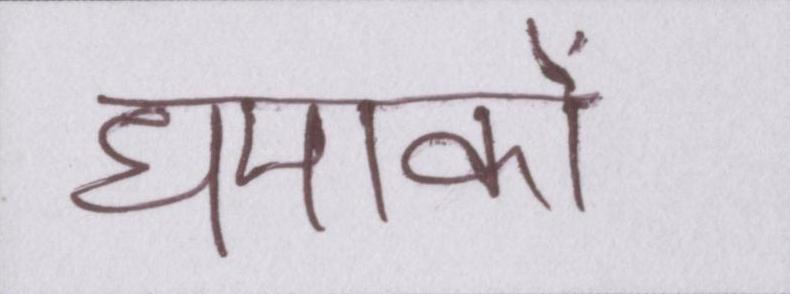
धमाकों